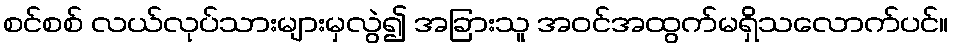
စင်စစ် လယ်လုပ်သားများမှလွဲ၍ အခြားသူ အဝင်အထွက်မရှိသလောက်ပင်။